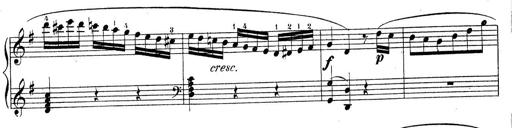
Title: Piano Sonatine No.2
Composer: Peter Piel
Key: G major